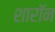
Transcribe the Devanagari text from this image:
शारॉन